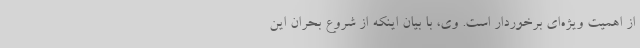
از اهمیت ویژه‌ای برخوردار است. وی، با بیان اینکه از شروع بحران این